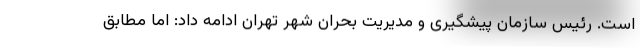
است. رئیس سازمان پیشگیری و مدیریت بحران شهر تهران ادامه داد: اما مطابق